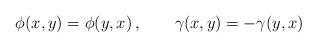
LaTeX: \begin{align*} \phi(x,y)= \phi(y,x)\,,\qquad \gamma(x,y)=-\gamma(y,x) \,\end{align*}